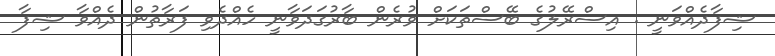
ޝިފާދެއްވަނީ . އިސްރޭލުގެ ބޭސްތަކަށް ވުރެން ބާރުގަދަވާނީ ހެއްދެވި ފަރާތުން ދެއްވާ ޝިފާ